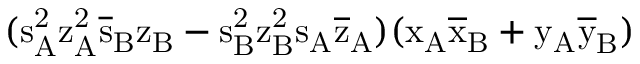
( \mathrm { s _ { A } ^ { 2 } \mathrm { z _ { A } ^ { 2 } \mathrm { \overline { { s } } _ { B } \mathrm { z _ { B } - \mathrm { s _ { B } ^ { 2 } \mathrm { z _ { B } ^ { 2 } \mathrm { s _ { A } \mathrm { \overline { { z } } _ { A } ) ( \mathrm { x _ { A } \mathrm { \overline { { x } } _ { B } + \mathrm { y _ { A } \mathrm { \overline { { y } } _ { B } ) } } } } } } } } } } } }